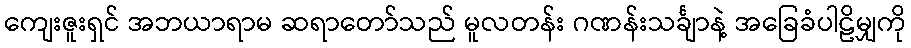
ကျေးဇူးရှင် အဘယာရာမ ဆရာတော်သည် မူလတန်း ဂဏန်းသင်္ချာနဲ့ အခြေခံပါဠိမျှကို